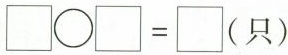
$$\Box \bigcirc \Box = \Box$$（只）